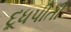
દૂધપીતી